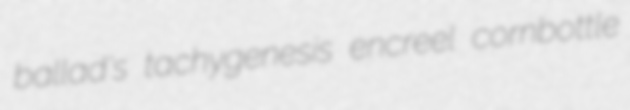
ballad's tachygenesis encreel cornbottle